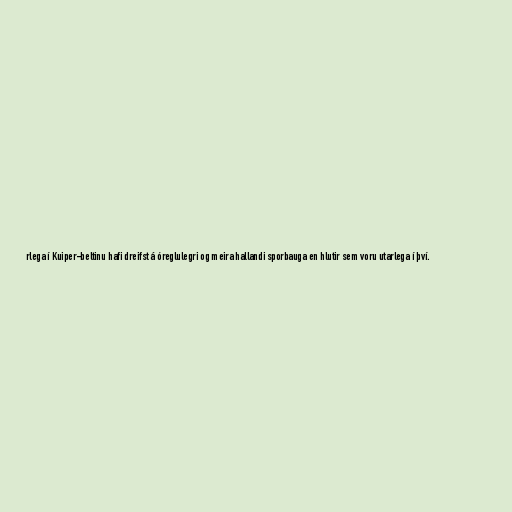
rlega í Kuiper-beltinu hafi dreifst á óreglulegri og meira hallandi sporbauga en hlutir sem voru utarlega í því.